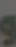
و